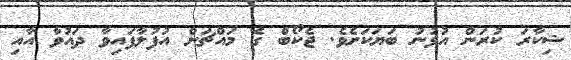
ޝިކާރަ ކުރަން އުޅުނު ބަޔަކަށެވެ. ޖެކޯބް ގެ މައްޗަށް އުފުލާފައިވާ ދައުވާ އާއި